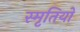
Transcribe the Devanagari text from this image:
स्मृतियो